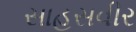
સાહસવીર